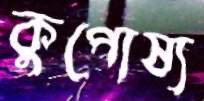
কুপোষ্য